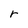
Character: r